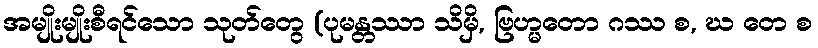
အမျိုးမျိုးစီရင်သော သုတ်တွေ (ပုမန္တဿာ သိမှိ, ဗြဟ္မတော ဂဿ စ, ဃ တေ စ